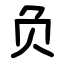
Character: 负